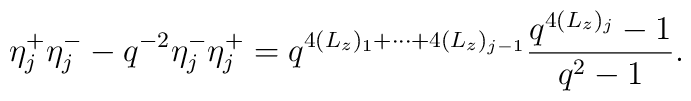
\eta_{j}^{+}\eta_{j}^{-} - q^{-2}\eta_{j}^{-}\eta_{j}^{+} = q^{4(L_{z})_{1} + \cdots + 4(L_{z})_{j-1}}\frac{q^{4(L_{z})_{j}} - 1}{q^{2} - 1}.